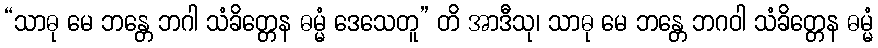
“သာဓု မေ ဘန္တေ ဘဂါ သံခိတ္တေန ဓမ္မံ ဒေသေတူ” တိ အာဒီသု၊ သာဓု မေ ဘန္တေ ဘဂဝါ သံခိတ္တေန ဓမ္မံ